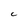
Character: C